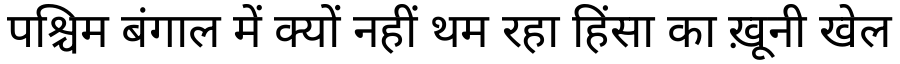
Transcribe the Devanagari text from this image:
पश्चिम बंगाल में क्यों नहीं थम रहा हिंसा का ख़ूनी खेल